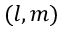
( l , m )